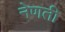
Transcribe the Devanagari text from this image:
नेणती